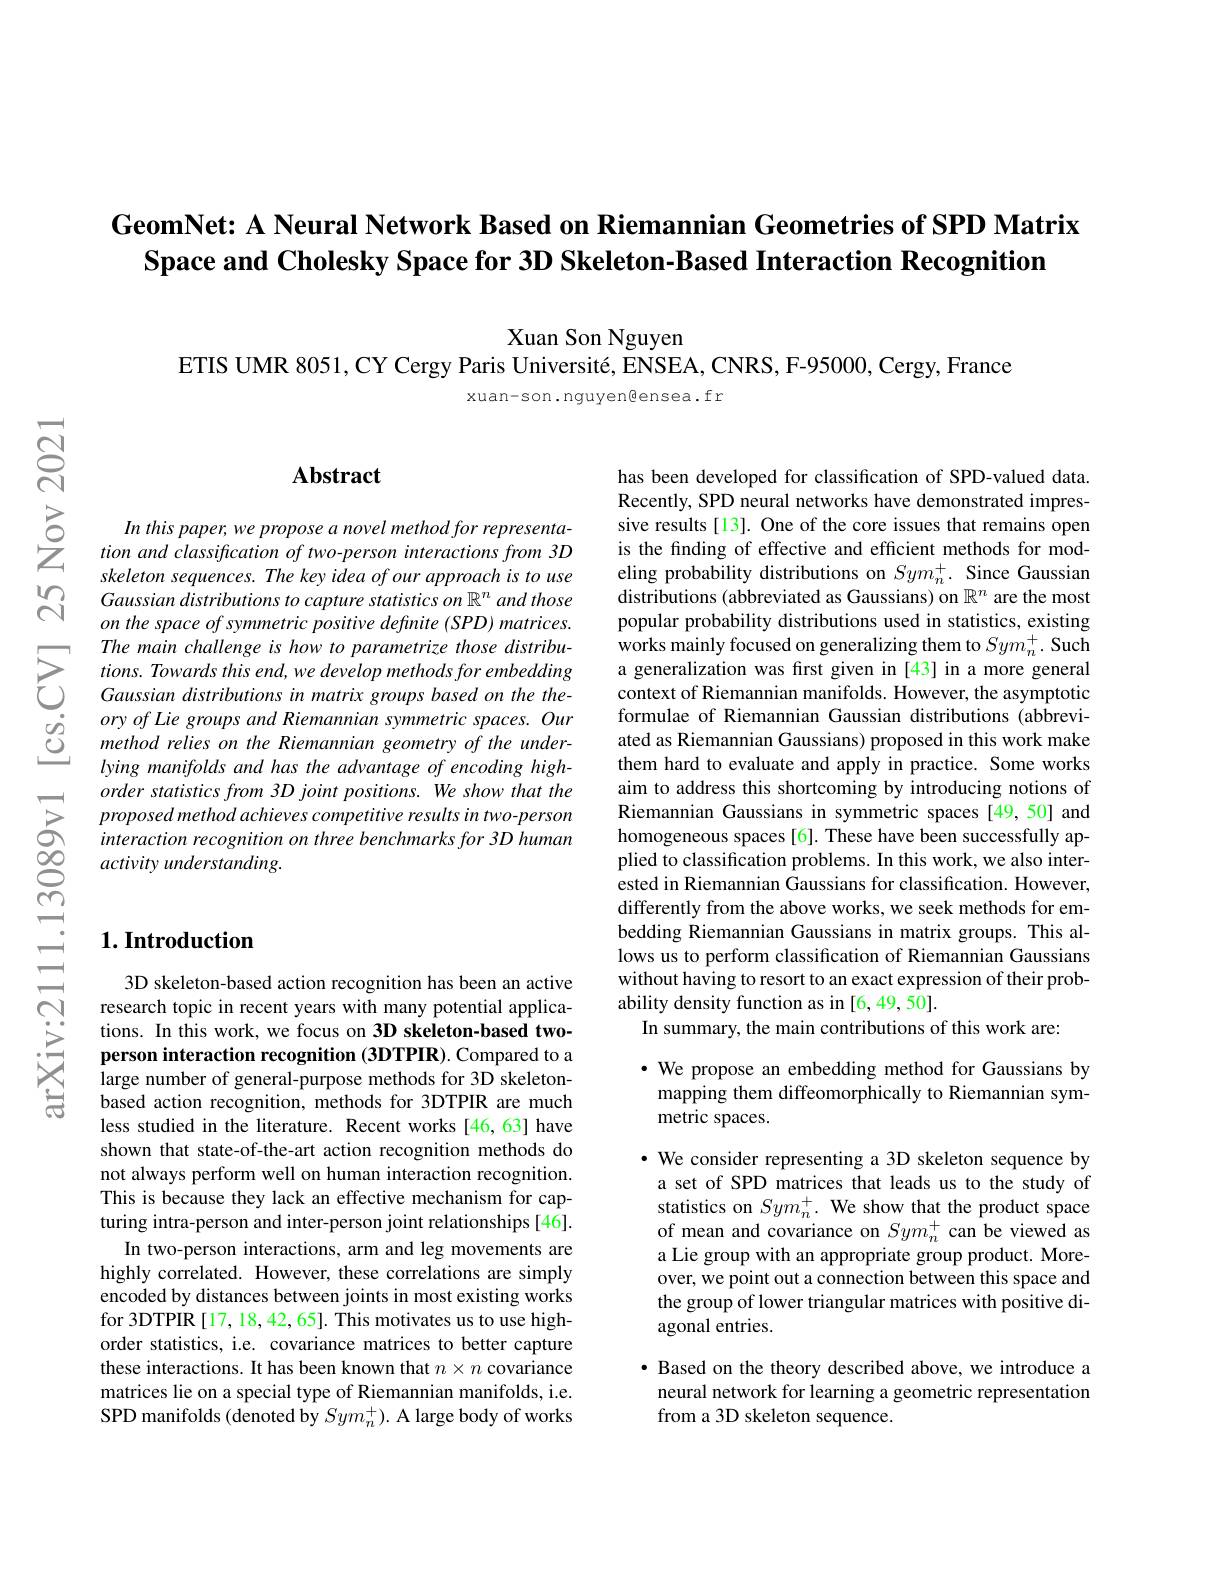
# GeomNet: A Neural Network Based on Riemannian Geometries of SPD Matrix Space and Cholesky Space for 3D Skeleton-Based Interaction Recognition

Xuan Son Nguyen
ETIS UMR 8051, CY Cergy Paris Université, ENSEA, CNRS, F-95000, Cergy, France

xuan-son. nguyengensea. fr

## $1. \textbf{Introduction}$

3D skeleton-based action recognition has been an active research topic in recent years with many potential applications. In this work, we focus on 3D skeleton-based twoperson interaction recognition (3DTPIR). Compared to a large number of general-purpose methods for 3D skeletonbased action recognition, methods for 3DTPIR are much less studied in the literature. Recent works [46,63] have shown that state-of-the-art action recognition methods do not always perform well on human interaction recognition. This is because they lack an effective mechanism for capturing intra-person and inter-person joint relationships[46].
In two-person interactions, arm and leg movements are highly correlated. However, these correlations are simply encoded by distances between joints in most existing works for 3DTPIR [17, 18, 42, 65]. This motivates us to use highorder statistics, i.e. covariance matrices to better capture these interactions. It has been known that $n\times n$ covariance matrices lie on a special type of Riemannian manifolds, i.e. SPD manifolds (denoted by $Sym_{n}^{+}).$ A large body of works

## Abstract

In this paper, we propose a novel method for representation and classification of two-person interactions from 3D skeleton sequences. The key idea of our approach is to use Gaussian distributions to capture statistics on $\mathbb{R}^n$ and those on the space of symmetric positive definite (SPD) matrices. The main challenge is how to parametrize those distribu- $tions. Towardsthisend, we\textit{ develop methods for embedding}$ Gaussian distributions in matrix groups based on the theory of Lie groups and Riemannian symmetric spaces. Our method relies on the Riemannian geometry of the underlying manifolds and has the advantage of encoding highorder statistics from 3D joint positions. We show that the proposed method achieves competitive results in two-person interaction recognition on three benchmarks for 3D human activity understanding.

has been developed for classification of SPD-valued data. Recently, SPD neural networks have demonstrated impressive results[13]. One of the core issues that remains open is the finding of effective and efficient methods for modeling probability distributions on $Sym_n^+.$ Since Gaussian distributions (abbreviated as Gaussians) on $\mathbb{R}^n$ are the most popular probability distributions used in statistics, existing works mainly focused on generalizing them to $Sym_{n}^{+}.$ Such a generalization was first given in [43] in a more general context of Riemannian manifolds. However, the asymptotic formulae of Riemannian Gaussian distributions (abbreviated as Riemannian Gaussians) proposed in this work make them hard to evaluate and apply in practice. Some works aim to address this shortcoming by introducing notions of Riemannian Gaussians in symmetric spaces [49,50] and homogeneous spaces [6]. These have been successfully applied to classification problems. In this work, we also interested in Riemannian Gaussians for classification. However, differently from the above works, we seek methods for embedding Riemannian Gaussians in matrix groups. This allows us to perform classification of Riemannian Gaussians without having to resort to an exact expression of their probability density function as in [6,49,50].
In summary, the main contributions of this work are:

$\cdot$ We propose an embedding method for Gaussians by mapping them diffeomorphically to Riemannian symmetric spaces.

·We consider representing a 3D skeleton sequence by a set of SPD matrices that leads us to the study of statistics on $Sym_{n}^{+}.$ We show that the product space of mean and covariance on $Sym_{n}^{+}$ can be viewed as a Lie group with an appropriate group product. Moreover, we point out a connection between this space and the group of lower triangular matrices with positive diagonal entries.

$\bullet$ Based on the theory described above, we introduce a neural network for learning a geometric representation from a 3D skeleton sequence.